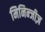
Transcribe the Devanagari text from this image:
मिनिन्जीज़